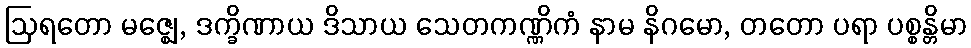
ဩရတော မဇ္ဈေ, ဒက္ခိဏာယ ဒိသာယ သေတကဏ္ဏိကံ နာမ နိဂမော, တတော ပရာ ပစ္စန္တိမာ